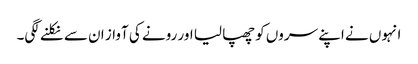
انہوں نے اپنے سروں کو چھپا لیا اور رونے کی آواز ان سے نکلنے لگی۔